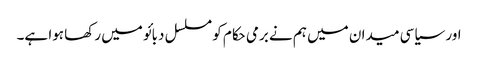
اور سیاسی میدان میں ہم نے برمی حکام کو مسلسل دبائو میں رکھا ہوا ہے۔